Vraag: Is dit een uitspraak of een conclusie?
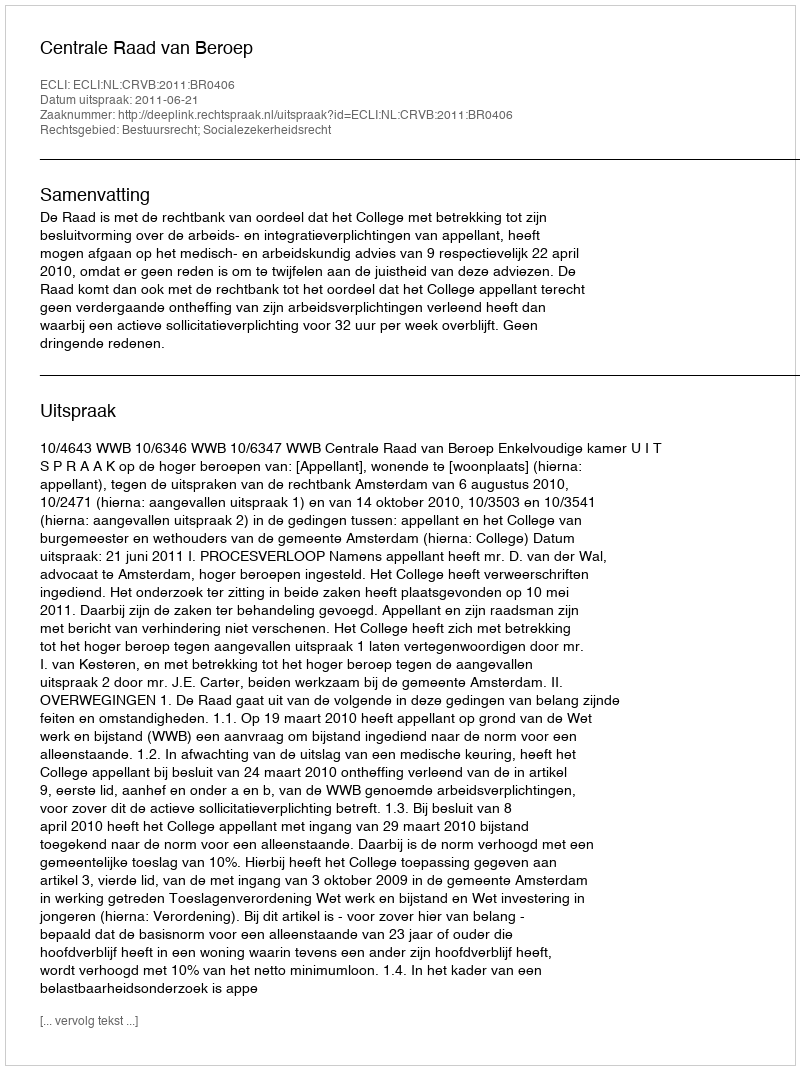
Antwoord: Uitspraak